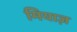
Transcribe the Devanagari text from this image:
मियाज़